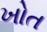
ખોત